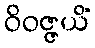
ဝိဝဇ္ဇယိံ